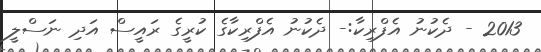
2013 - ދެކުނު އެފްރިކާ:- ދެކުނު އެފްރިކާގެ ކުރީގެ ރައީސް އަދި ނަސްލީ